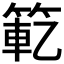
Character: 𫂄